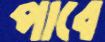
পাবে